Report of the Imperial Institute of Veterinary Research, Muktesar
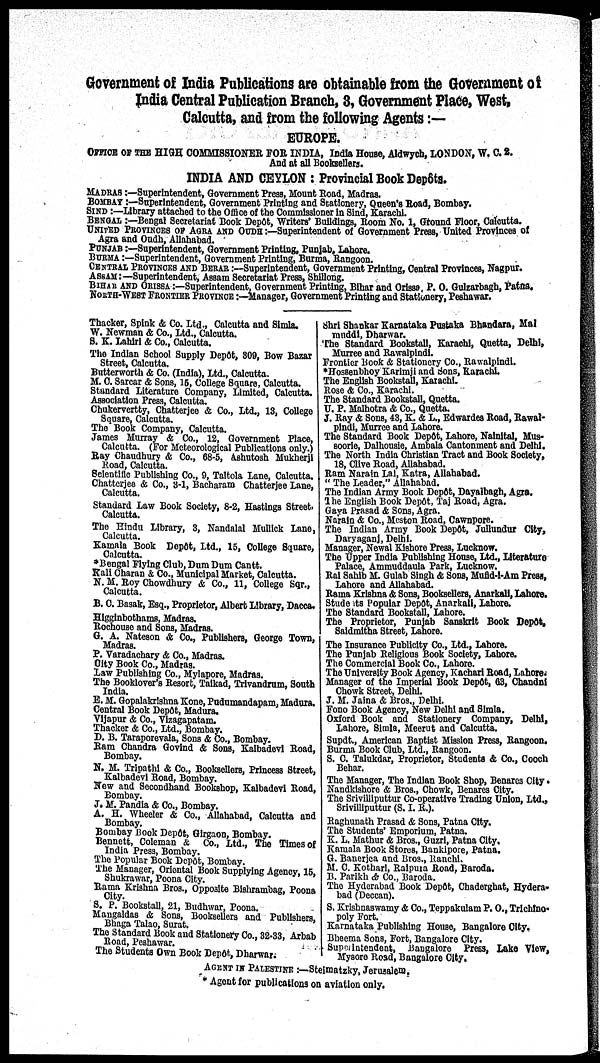
Government of India Publications are obtainable from the Government of
India Central Publication Branch, 3, Government Place, West,
Calcutta, and from the following Agents :—
EUROPE.
OFFICE OF THE HIGH COMMISSIONER FOR INDIA, India House, Aldwych, LONDON, W. C. 2.
And at all Booksellers.
INDIA AND CEYLON : Provincial Book Depôts.
MADRAS :—Superintendent, Government Press, Mount Road, Madras.
BOMBAY :—Superintendent, Government Printing and Stationery, Queen's Road, Bombay.
SIND :—Library attached to the Office of the Commissioner in Sind, Karachi.
BENGAL :—Bengal Secretariat Book Depôt, Writers' Buildings, Room No. 1, Ground Floor, Calcutta.
UNITED PROVINCES OF AGRA AND OUDH :—Superintendent of Government Press, United Provinces of
Agra and Oudh, Allahabad.
PUNJAB :—Superintendent, Government Printing, Punjab, Lahore.
BURMA :—Superintendent, Government Printing, Burma, Rangoon.
CENTRAL PROVINCES AND BERAR :—Superintendent, Government Printing, Central Provinces, Nagpur.
ASSAM :—Superintendent, Assam Secretariat Press, Shillong.
BIHAR AND ORISSA :—Superintendent, Government Printing, Bihar and Orissa P. O. Gulzarbagh, Patna.
NORTH-WEST FRONTIER PROVINCE :—Manager, Government Printing and Stationery, Peshawar.
Thacker, Spink & Co. Ltd., Calcutta and Simla.
W. Newman & Co., Ltd., Calcutta.
S. K. Lahiri & Co., Calcutta.
The Indian School Supply Depôt, 809, Bow Bazar
Street, Calcutta.
Butterworth & Co. (India), Ltd., Calcutta.
M. C. Sarcar & Sons, 15, College Square, Calcutta.
Standard Literature Company, Limited, Calcutta.
Association Press, Calcutta.
Chukervertty, Chatterjee & Co., Ltd., 13, College
Square, Calcutta.
The Book Company, Calcutta.
James Murray & Co., 12, Government Place,
Calcutta. (For Meteorological Publications only.)
Ray Chaudhury & Co., 68-5, Ashutosh Mukherji
Road, Calcutta.
Scientific Publishing Co., 9, Taltola Lane, Calcutta.
Chatterjee & Co., 3-1, Bacharam Chatterjee Lane,
Calcutta.
Standard Law Book Society, 8-2, Hastings Street,
Calcutta.
The Hindu Library, 3, Nandalal Mullick Lane,
Calcutta.
Kamala Book Depôt, Ltd., 15, College Square,
Calcutta.
*Bengal Flying Club, Dum Dum Cantt.
Kali Charan & Co., Municipal Market, Calcutta.
N. M. Roy Chowdhury & Co., 11, College Sqr.,
Calcutta.
B. C. Basak, Esq., Proprietor, Albert Library, Dacca.
Higginbothams, Madras.
Rochouse and Sons, Madras.
G. A. Nateson & Co., Publishers, George Town,
Madras.
P. Varadachary & Co., Madras.
City Book Co., Madras.
Law Publishing Co., Mylapore, Madras.
The Booklover's Resort, Taikad, Trivandrum, South
India.
E. M. Gopalakrishna Kone, Pudumandapam, Madura.
Central Book Depôt, Madura.
Vijapur & Co., Vizagapatam.
Thacker & Co., Ltd., Bombay.
D. B. Taraporevala, Sons & Co., Bombay.
Ram Chandra Govind & Sons, Kalbadevi Road,
Bombay.
N. M. Tripathi & Co., Booksellers, Princess Street,
Kalbadevi Road, Bombay.
New and Secondhand Bookshop, Kalbadevi Road,
Bombay.
J. M. Pandia & Co., Bombay.
A. H. Wheeler & Co., Allahabad, Calcutta and
Bombay.
Bombay Book Depôt, Girgaon, Bombay.
Bennett, Coleman & Co., Ltd., The Times of
India Press, Bombay.
The Popular Book Depôt, Bombay.
The Manager, Oriental Book Supplying Agency, 15,
Shukrawar, Poona City.
Rama Krishna Bros., Opposite Bishrambag, Poona
City.
S. P. Bookstall, 21, Budhwar, Poona.
Mangaldas & Sons, Booksellers and Publishers,
Bhaga Talao, Surat.
The Standard Book and Stationery Co., 32-33, Arbab
Road, Peshawar.
The Students Own Book Depôt, Dharwar;
Shri Shankar Karnataka Pustaka Bhandara, Mal
muddi, Dharwar.
The Standard Bookstall, Karachi, Quetta, Delhi,
Murree and Rawalpindi.
Frontier Book & Stationery Co., Rawalpindi.
*Hossenbhoy Karimji and Sons, Karachi.
The English Bookstall, Karachi.
Rose & Co., Karachi.
The Standard Bookstall, Quetta.
U. P. Malhotra & Co., Quetta.
J. Ray & Sons, 43, K. & L., Edwardes Road, Rawal-
pindi, Murree and Lahore.
The Standard Book Depôt, Lahore, Nainital, Mus-
soorie, Dalhousie, Ambala Cantonment and Delhi.
The North India Christian Tract and Book Society,
18, Clive Road, Allahabad.
Ram Narain Lal, Katra, Allahabad.
" The Leader," Allahabad.
The Indian Army Book Depôt, Dayalbagh, Agra.
The English Book Depôt, Taj Road, Agra.
Gaya Prasad & Sons, Agra.
Narain & Co., Meston Road, Cawnpore.
The Indian Army Book Depôt, Jullundur City,
Daryaganj, Delhi.
Manager, Newal Kishore Press, Lucknow.
The Upper India Publishing House, Ltd., Literature
Palace, Ammuddaula Park, Lucknow.
Rai Sahib M. Gulab Singh & Sons, Mufid-i-Am Press,
Lahore and Allahabad.
Rama Krishna & Sons, Booksellers, Anarkali, Lahore.
Students Popular Depôt, Anarkali, Lahore.
The Standard Bookstall, Lahore.
The Proprietor, Punjab Sanskrit Book Depôt,
Saidmitha Street, Lahore.
The Insurance Publicity Co., Ltd., Lahore.
The Punjab Religious Book Society, Lahore.
The Commercial Book Co., Lahore.
The University Book Agency, Kachari Road, Lahore.
Manager of the Imperial Book Depôt, 63, Chandni
Chowk Street, Delhi.
J. M. Jaina & Bros., Delhi.
Fono Book Agency, New Delhi and Simla.
Oxford Book and Stationery Company, Delhi,
Lahore, Simla, Meerut and Calcutta.
Supdt., American Baptist Mission Press, Rangoon.
Burma Book Club, Ltd., Rangoon.
S. C. Talukdar, Proprietor, Students & Co., Cooch
Behar.
The Manager, The Indian Book Shop, Benares City.
Nandkishore & Bros., Chowk, Benares City.
The Srivilliputtur Co-operative Trading Union, Ltd.,
Srivilliputtur (S. I. R.).
Raghunath Prasad & Sons, Patna City.
The Students' Emporium, Patna.
K. L. Mathur & Bros., Guzri, Patna City.
Kamala Book Stores, Bankipore, Patna.
G. Banerjea and Bros., Ranchi.
M. C. Kothari, Raipura Road, Baroda.
B. Parikh & Co., Baroda.
The Hyderabad Book Depôt, Chaderghat, Hydera-
bad (Deccan).
S. Krishnaswamy & Co., Teppakulam P. O., Trichino-
poly Fort.
Karnataka Publishing House, Bangalore City.
Bheema Sons, Fort, Bangalore City.
Superintendent, Bangalore Press, Lake View,
Mysore Road, Bangalore City.
AGENT IN PALESTINE :—Steimatzky, Jerusalem.
* Agent for publications on aviation only.